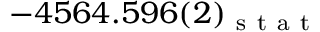
- 4 5 6 4 . 5 9 6 ( 2 ) _ { \mathrm { ~ s ~ t ~ a ~ t ~ } }